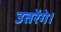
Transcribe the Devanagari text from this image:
उतरेंगे।